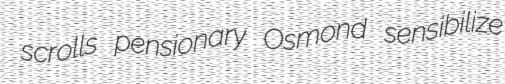
scrolls pensionary Osmond sensibilize